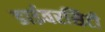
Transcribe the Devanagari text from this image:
डाईवरसिटी